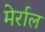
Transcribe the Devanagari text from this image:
मेर्राल